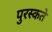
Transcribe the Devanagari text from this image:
पुरस्कते